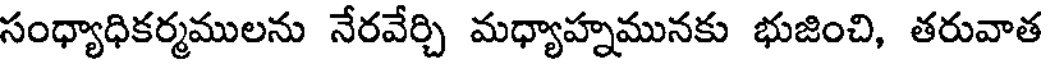
సంధ్యాధికర్మములను నేరవేర్చి మధ్యాహ్నమునకు భుజించి, తరువాత